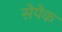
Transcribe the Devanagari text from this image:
सेपेक